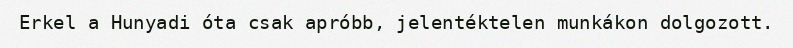
Erkel a Hunyadi óta csak apróbb, jelentéktelen munkákon dolgozott.